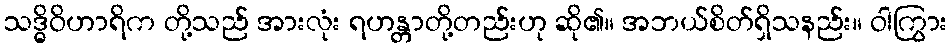
သဒ္ဓိဝိဟာရိက တို့သည် အားလုံး ရဟန္တာတို့တည်းဟု ဆို၏။ အဘယ်စိတ်ရှိသနည်း။ ဝါကြွား